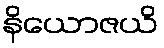
နိယောဇယိ